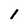
Character: l